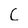
Character: C